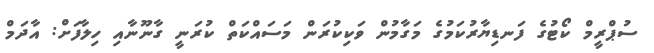
ސުޕްރީމް ކޯޓުގެ ފަނޑިޔާރުކަމުގެ މަގާމުން ވަކިކުރަން މަސައްކަތް ކުރަނީ ގާނޫނާއި ހިލާފަށް: އާދަމް